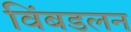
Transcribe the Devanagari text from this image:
विंबडलन